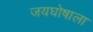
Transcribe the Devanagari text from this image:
जयघोषाला